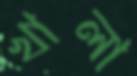
খালা